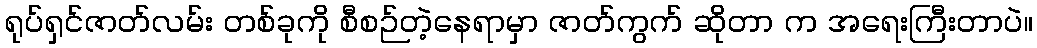
ရုပ်ရှင်ဇာတ်လမ်း တစ်ခုကို စီစဉ်တဲ့နေရာမှာ ဇာတ်ကွက် ဆိုတာ က အရေးကြီးတာပဲ။